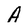
Character: A